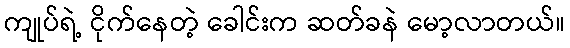
ကျုပ်ရဲ့ ငိုက်နေတဲ့ ခေါင်းက ဆတ်ခနဲ မော့လာတယ်။